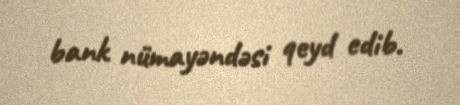
bank nümayəndəsi qeyd edib.